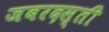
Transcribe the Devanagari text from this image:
जबरदस्‍ती